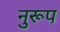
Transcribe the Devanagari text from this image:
नुरूप